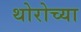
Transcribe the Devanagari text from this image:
थोरोच्या